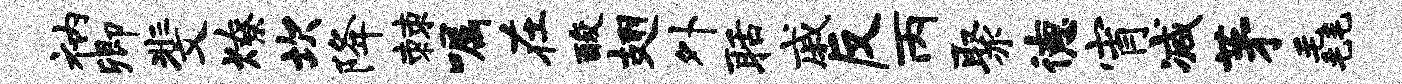
衲卿斐燎坎降棘嘱在酸翅外聒戚反丙聚德宵减茅毳